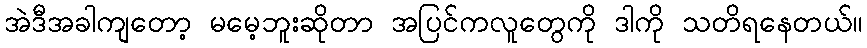
အဲဒီအခါကျတော့ မမေ့ဘူးဆိုတာ အပြင်ကလူတွေကို ဒါကို သတိရနေတယ်။